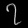
Digit: ၇